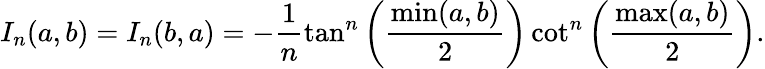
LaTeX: I_{n}(a,b)=I_{n}(b,a)=-\frac{1}{n}\tan^{n}\left(\frac{\operatorname*{min}(a,b)}{2}\right)\cot^{n}\left(\frac{\operatorname*{max}(a,b)}{2}\right).